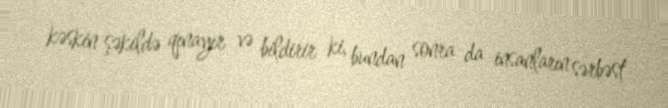
kəskin şəkildə qınayır və bildirir ki, bundan sonra da insanların sərbəst